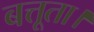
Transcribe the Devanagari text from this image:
बत्तूता।